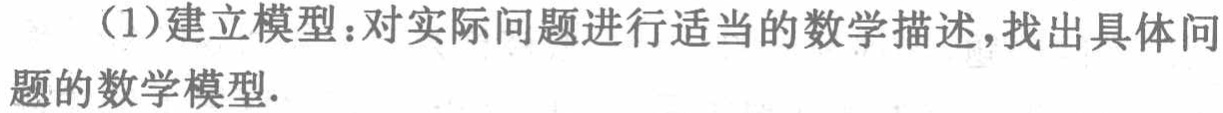
（1）建立模型：对实际问题进行适当的数学描述，找出具体问

题的数学模型.